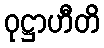
ဝုဋ္ဌာဟီတိ